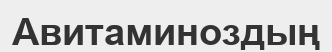
Авитаминоздың